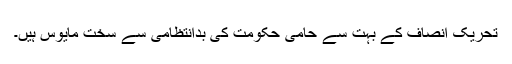
تحریک ِانصاف کے بہت سے حامی حکومت کی بدانتظامی سے سخت مایوس ہیں۔